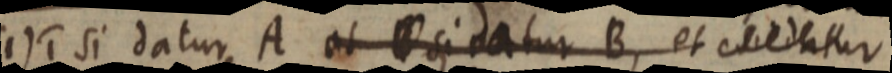
(1) si datur A et si datur B, et